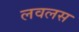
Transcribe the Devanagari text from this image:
लवलस